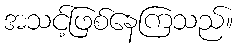
အသင့်ဖြစ်နေကြသည်။